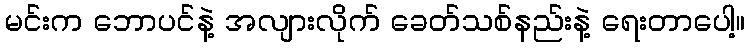
မင်းက ဘောပင်နဲ့ အလျားလိုက် ခေတ်သစ်နည်းနဲ့ ရေးတာပေါ့။